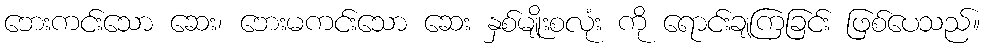
ဘေးကင်းသော ဆေး၊ ဘေးမကင်းသော ဆေး နှစ်မျိုးစလုံး ကို ရောင်းချကြခြင်း ဖြစ်ပေသည်။